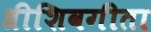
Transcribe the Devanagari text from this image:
श्रीशिवगीता